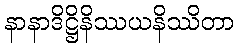
နာနာဒိဋ္ဌိနိဿယနိဿိတာ